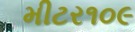
મીટર૧૦૯